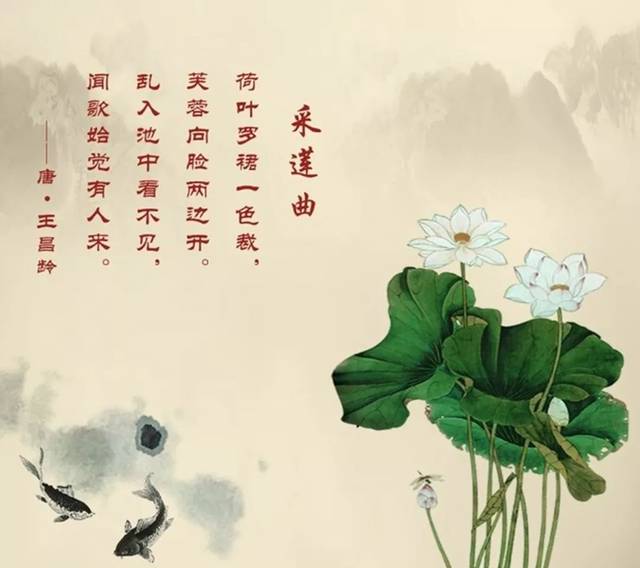
荷叶罗裙一色裁，芙蓉向脸两边开。